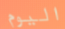
اليوم